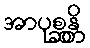
အာပုစ္ဆန္တိ